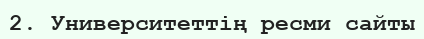
2. Университеттің ресми сайты